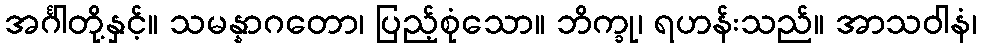
အင်္ဂါတို့နှင့်။ သမန္နာဂတော၊ ပြည့်စုံသော။ ဘိက္ခု၊ ရဟန်းသည်။ အာသဝါနံ၊